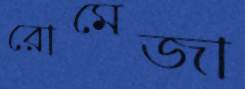
রোমেজা